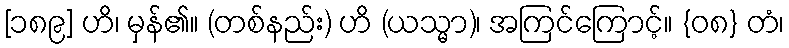
[၁၈၉] ဟိ၊ မှန်၏။ (တစ်နည်း) ဟိ (ယသ္မာ)၊ အကြင်ကြောင့်။ {၀၈} တံ၊